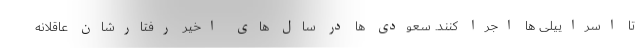
تا اسراییلی ها اجرا کنند. سعودی ها در سال های اخیر رفتارشان عاقلانه